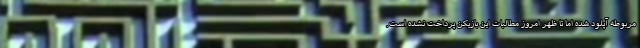
مربوطه آپلود شده اما تا ظهر امروز مطالبات این بازیکن پرداخت نشده است.